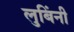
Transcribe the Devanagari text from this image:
लुबिंनी